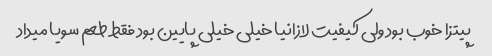
پیتزا خوب بود ولی کیفیت لازانیا خیلی خیلی پایین بود فقط طعم سویا میداد